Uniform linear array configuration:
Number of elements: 24
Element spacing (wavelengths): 0.5
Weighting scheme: hamming
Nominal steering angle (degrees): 60
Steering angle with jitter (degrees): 60.476
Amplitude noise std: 0.05
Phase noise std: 0.05

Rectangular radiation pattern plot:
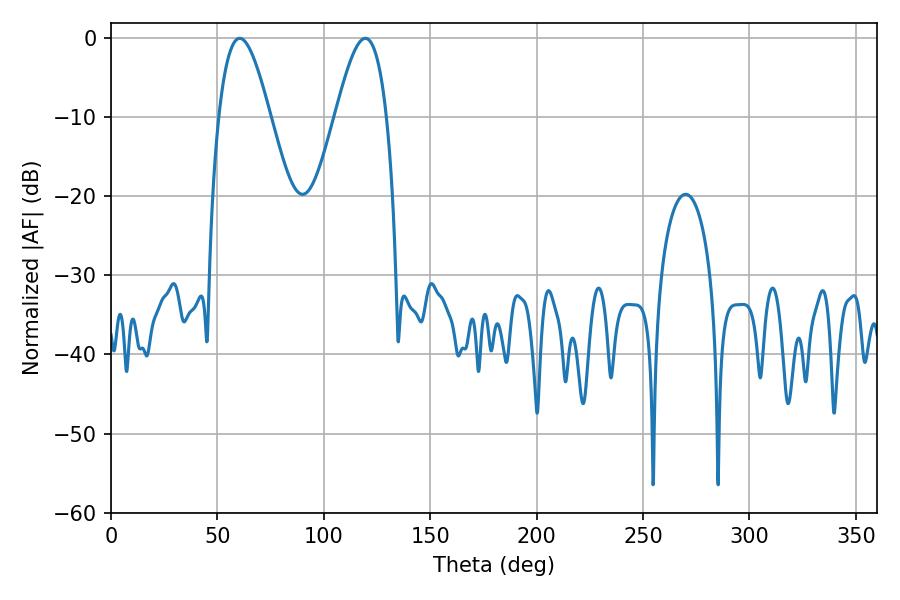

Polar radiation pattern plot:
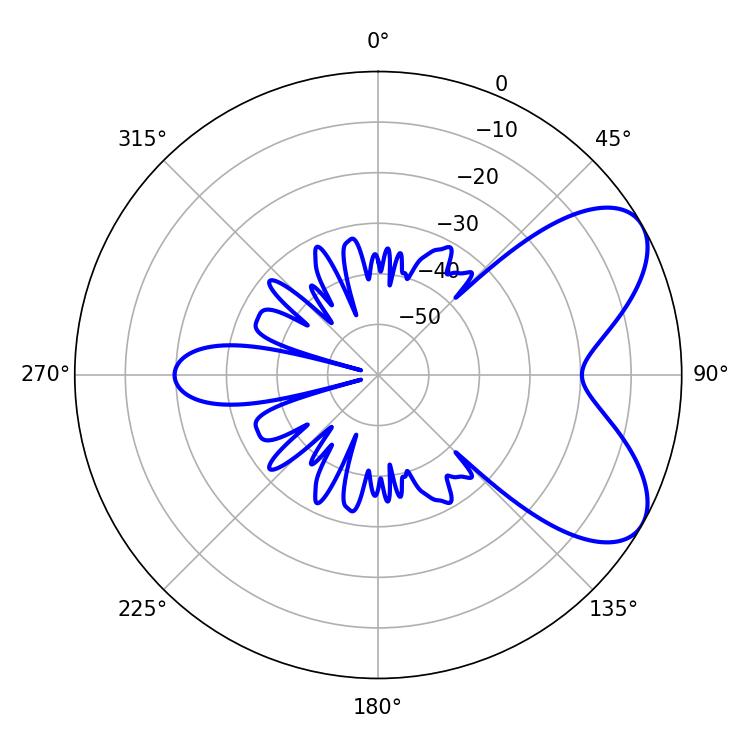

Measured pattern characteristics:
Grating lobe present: FALSE
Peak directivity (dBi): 6.606
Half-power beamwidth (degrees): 12.96
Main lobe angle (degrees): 60.48